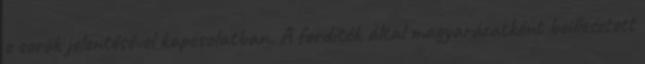
e sorok jelentésével kapcsolatban. A fordítók által magyarázatként beillesztett